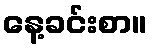
နေ့ခင်းစာ။